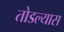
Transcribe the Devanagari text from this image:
तोडल्यास